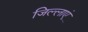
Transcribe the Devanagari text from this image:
जिल्लाएं